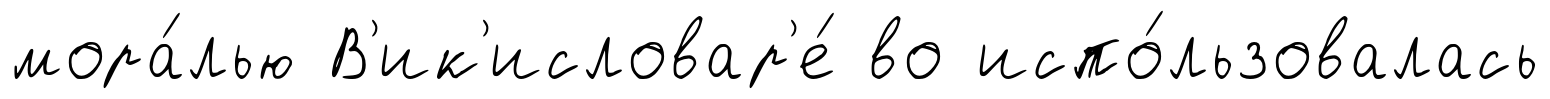
мора́лью В'ик'исловар'е́ во испо́льзовалась